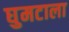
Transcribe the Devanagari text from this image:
घुमटाला